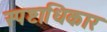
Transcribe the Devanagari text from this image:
स्पष्टाधिकार